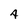
Character: 4